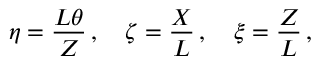
\eta = \frac { L \theta } { Z } \, , \ \ \ \zeta = \frac { X } { L } \, , \ \ \ \xi = \frac { Z } { L } \, ,